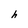
Character: h